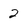
Character: 2